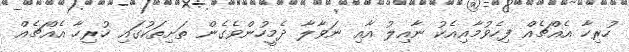
ހުރިހާ އެއްޗެއް ފިހެވުމާއިއެކު ނާއިލު އާއި ނަވާލާ ދެމީހުންވެގެން ތަށިތަކުގައި ހުރިހާ އެއްޗެއް